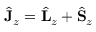
\hat { \bf J } _ { z } = \hat { \bf L } _ { z } + \hat { \bf S } _ { z }